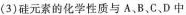
(3)硅元素的化学性质与A、B、C、D 中